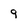
Character: 9